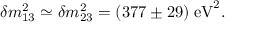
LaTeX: \delta { m } _ { 1 3 } ^ { 2 } \simeq \delta { m } _ { 2 3 } ^ { 2 } = ( 3 7 7 \pm 2 9 ) \; \mathrm { e V } ^ { 2 } .